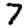
Digit: 7